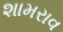
શામરાવ